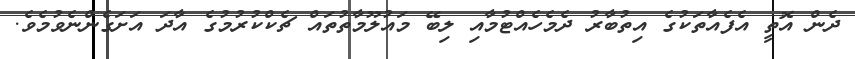
ދެން އޮތީ އެފެއާތަކުގެ އިތުބާރު ދެމެހެއްޓުމާއި ލިބޭ މައުލޫމާތުތައް ޗެކްކުރުމުގެ އާދަ އަށަގެންނެވުމެވެ.